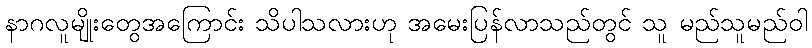
နာဂလူမျိုးတွေအကြောင်း သိပါသလားဟု အမေးပြန်လာသည်တွင် သူ မည်သူမည်ဝါ